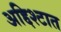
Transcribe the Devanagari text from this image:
अद्दिश्टात